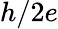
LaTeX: h/2e